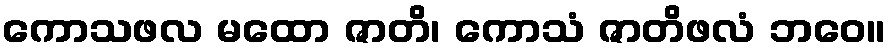
ကောသဖလ မထော ဇာတိ၊ ကောသံ ဇာတိဖလံ ဘဝေ။